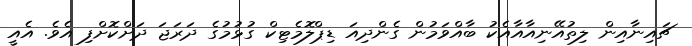
ޗައިނާއިން ލިތުއޭނިއާއާއެކު ބާއްވަމުން ގެންދިއަ ޑިޕްލޮމެޓިކް ގުޅުމުގެ ދަރަޖަ ދަށްކޮށްފި އެވެ. އެއީ